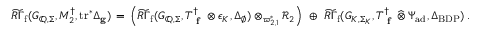
\widetilde { R \Gamma } _ { \mathrm { f } } ( G _ { \mathbb { Q } , \Sigma } , M _ { 2 } ^ { \dagger } , \mathrm { t r } ^ { * } \Delta _ { \mathbf { g } } ) \, = \, \left( \widetilde { R \Gamma } _ { \mathrm { f } } ( G _ { \mathbb { Q } , \Sigma } , T _ { \textup { \bf f } } ^ { \dagger } \otimes \epsilon _ { K } , \Delta _ { \emptyset } ) \otimes _ { \varpi _ { 2 , 1 } ^ { * } } \mathcal { R } _ { 2 } \right) \, \, \oplus \, \, \widetilde { R \Gamma } _ { \mathrm { f } } ( G _ { K , \Sigma _ { K } } , T _ { \textup { \bf f } } ^ { \dagger } \, \widehat \otimes \, \Psi _ { \mathrm { a d } } , \Delta _ { \mathrm { B D P } } ) \, .